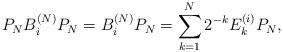
LaTeX: \begin{align*} P_NB_i^{(N)}P_N = B_i^{(N)}P_N = \sum_{k=1}^N 2^{-k}E_k^{(i)} P_N,\end{align*}